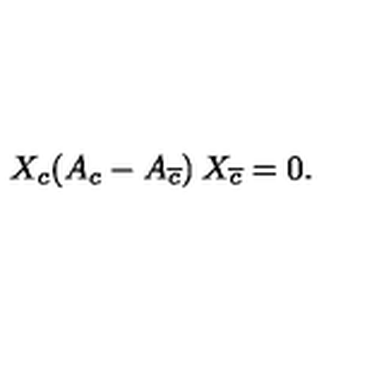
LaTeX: X _ { c } ( A _ { c } - A _ { \overline { { c } } } ) \: X _ { \overline { { c } } } = 0 .